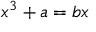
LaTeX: \ x ^ { 3 } + a = b x